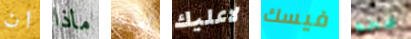
ان ماذا أمرها لاعليك فيسك ضخم